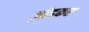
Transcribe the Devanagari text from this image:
ज़ोडकर